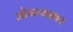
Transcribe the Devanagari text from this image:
जोगव्यावर